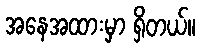
အနေအထားမှာ ရှိတယ်။